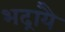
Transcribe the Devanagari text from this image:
भद्रायै